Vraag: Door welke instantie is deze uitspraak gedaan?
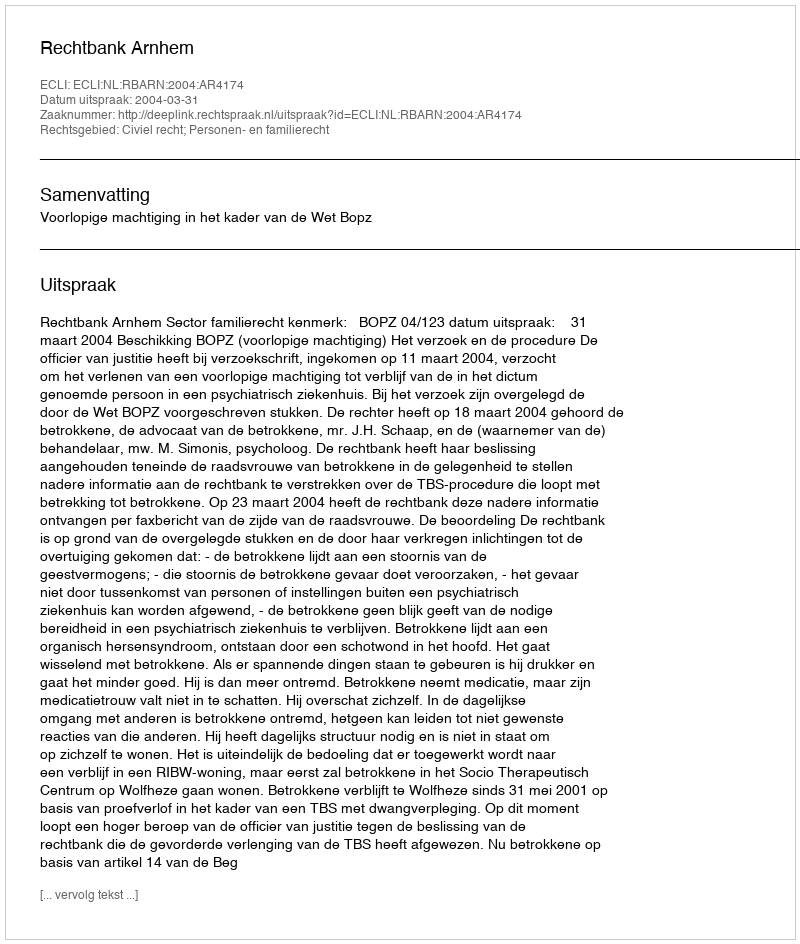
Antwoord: Rechtbank Arnhem